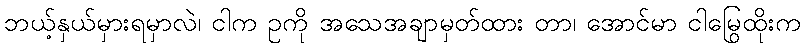
ဘယ့်နှယ်မှားရမှာလဲ၊ ငါက ဥကို အသေအချာမှတ်ထား တာ၊ အောင်မာ ငါမြွေထိုးက